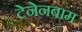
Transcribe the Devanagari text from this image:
टेनेनबाम